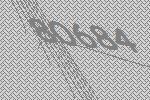
80684